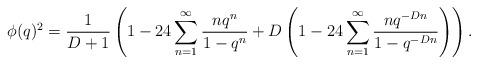
LaTeX: \begin{align*}\phi(q)^2=\frac{1}{D+1}\left(1-24 \sum^{\infty}_{n=1}\frac{nq^n}{1-q^n}+D\left(1-24\sum^{\infty}_{n=1}\frac{nq^{-Dn}}{1-q^{-D n}}\right)\right).\end{align*}